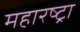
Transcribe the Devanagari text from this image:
महारष्ट्रा